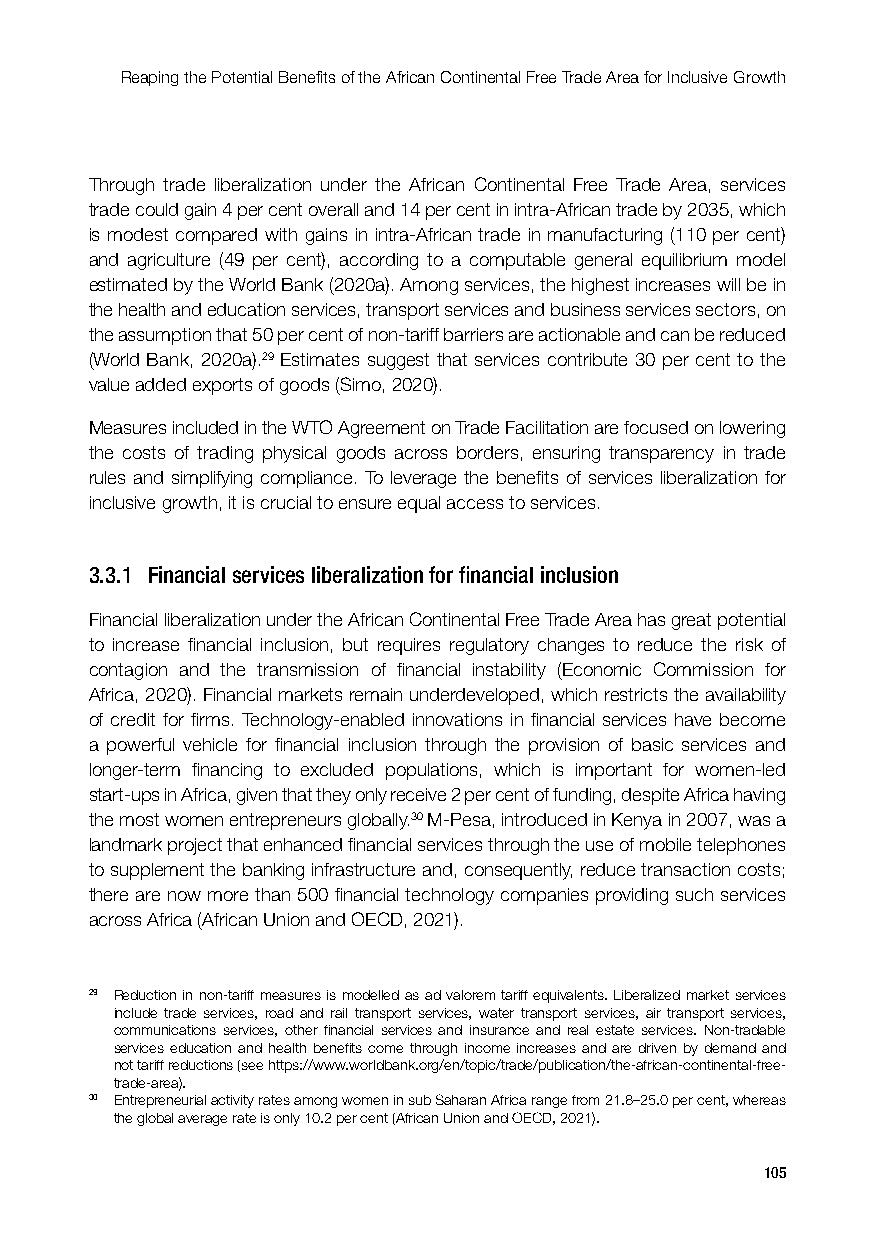
Reaping the Potential Benefits of the African Continental Free Trade Area for Inclusive Growth
 Through trade liberalization under the African Continental Free Trade Area, services
 trade could gain 4 per cent overall and 14 per cent in intra-African trade by 2035, which
 is modest compared with gains in intra-African trade in manufacturing (110 per cent)
 and agriculture (49 per cent), according to a computable general equilibrium model
 estimated by the World Bank (2020a). Among services, the highest increases will be in
 the health and education services, transport services and business services sectors, on
 the assumption that 50 per cent of non-tariff barriers are actionable and can be reduced
 (World Bank, 2020a).29 Estimates suggest that services contribute 30 per cent to the
 value added exports of goods (Simo, 2020).
 Measures included in the WTO Agreement on Trade Facilitation are focused on lowering
 the costs of trading physical goods across borders, ensuring transparency in trade
 rules and simplifying compliance. To leverage the benefits of services liberalization for
 inclusive growth, it is crucial to ensure equal access to services.
 3.3.1 Financial services liberalization for financial inclusion
 Financial liberalization under the African Continental Free Trade Area has great potential
 to increase financial inclusion, but requires regulatory changes to reduce the risk of
 contagion and the transmission of financial instability (Economic Commission for
 Africa, 2020). Financial markets remain underdeveloped, which restricts the availability
 of credit for firms. Technology‐enabled innovations in financial services have become
 a powerful vehicle for financial inclusion through the provision of basic services and
 longer-term financing to excluded populations, which is important for women-led
 start-ups in Africa, given that they only receive 2 per cent of funding, despite Africa having
 the most women entrepreneurs globally.30 M-Pesa, introduced in Kenya in 2007, was a
 landmark project that enhanced financial services through the use of mobile telephones
 to supplement the banking infrastructure and, consequently, reduce transaction costs;
 there are now more than 500 financial technology companies providing such services
 across Africa (African Union and OECD, 2021).
 29 Reduction in non-tariff measures is modelled as ad valorem tariff equivalents. Liberalized market services
 include trade services, road and rail transport services, water transport services, air transport services,
 communications services, other financial services and insurance and real estate services. Non-tradable
 services education and health benefits come through income increases and are driven by demand and
 not tariff reductions (see https://www.worldbank.org/en/topic/trade/publication/the-african-continental-free-
 trade-area).
 30 Entrepreneurial activity rates among women in sub Saharan Africa range from 21.8–25.0 per cent, whereas
 the global average rate is only 10.2 per cent (African Union and OECD, 2021).
 105